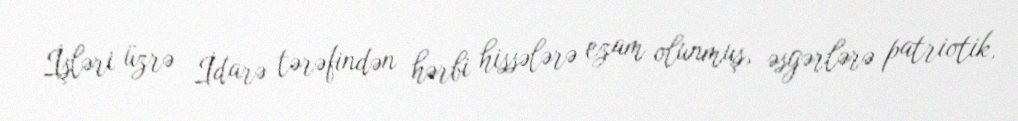
İşləri üzrə İdarə tərəfindən hərbi hissələrə ezam olunmuş, əsgərlərə patriotik,